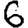
Digit: 6